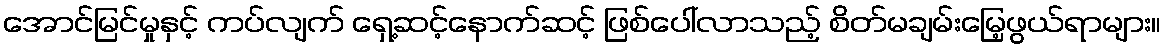
အောင်မြင်မှုနှင့် ကပ်လျက် ရှေ့ဆင့်နောက်ဆင့် ဖြစ်ပေါ်လာသည့် စိတ်မချမ်းမြေ့ဖွယ်ရာများ။